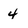
Character: 4